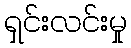
ရှင်းလင်းမှု